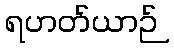
ရဟတ်ယာဉ်